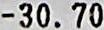
-30.70